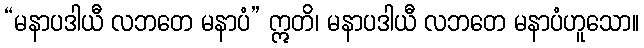
“မနာပဒါယီ လဘတေ မနာပံ” ဣတိ၊ မနာပဒါယီ လဘတေ မနာပံဟူသော။